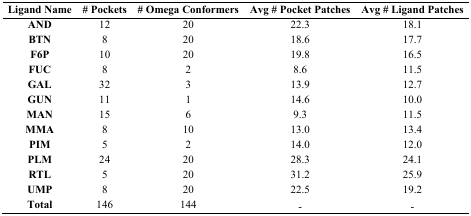
<table><thead><tr><td><b>Ligand Name</b></td><td><b># Pockets</b></td><td><b># Omega Conformers</b></td><td><b>Avg # Pocket Patches</b></td><td><b>Avg # Ligand Patches</b></td></tr></thead><tbody><tr><td><b>AND</b></td><td>12</td><td>20</td><td>22.3</td><td>18.1</td></tr><tr><td><b>BTN</b></td><td>8</td><td>20</td><td>18.6</td><td>17.7</td></tr><tr><td><b>F6P</b></td><td>10</td><td>20</td><td>19.8</td><td>16.5</td></tr><tr><td><b>FUC</b></td><td>8</td><td>2</td><td>8.6</td><td>11.5</td></tr><tr><td><b>GAL</b></td><td>32</td><td>3</td><td>13.9</td><td>12.7</td></tr><tr><td><b>GUN</b></td><td>11</td><td>1</td><td>14.6</td><td>10.0</td></tr><tr><td><b>MAN</b></td><td>15</td><td>6</td><td>9.3</td><td>11.5</td></tr><tr><td><b>MMA</b></td><td>8</td><td>10</td><td>13.0</td><td>13.4</td></tr><tr><td><b>PIM</b></td><td>5</td><td>2</td><td>14.0</td><td>12.0</td></tr><tr><td><b>PLM</b></td><td>24</td><td>20</td><td>28.3</td><td>24.1</td></tr><tr><td><b>RTL</b></td><td>5</td><td>20</td><td>31.2</td><td>25.9</td></tr><tr><td><b>UMP</b></td><td>8</td><td>20</td><td>22.5</td><td>19.2</td></tr><tr><td><b>Total</b></td><td>146</td><td>144</td><td>-</td><td>-</td></tr></tbody></table>